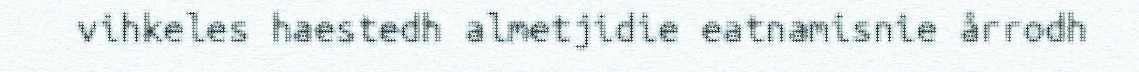
vihkeles haestedh almetjidie eatnamisnie årrodh